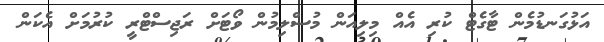
އަޅުގަނޑުމެން ޓާގެޓް ކުރި އެއް މިލިއަން މުސްލިމުން ވޯޓަށް ރަޖިސްޓްރީ ކުރުމަށް އެކަން